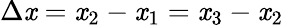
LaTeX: \Delta\mathit{x}=\mathit{x}_{2}-\mathit{x}_{1}=\mathit{x}_{3}-\mathit{x}_{2}